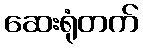
ဆေးရုံတက်